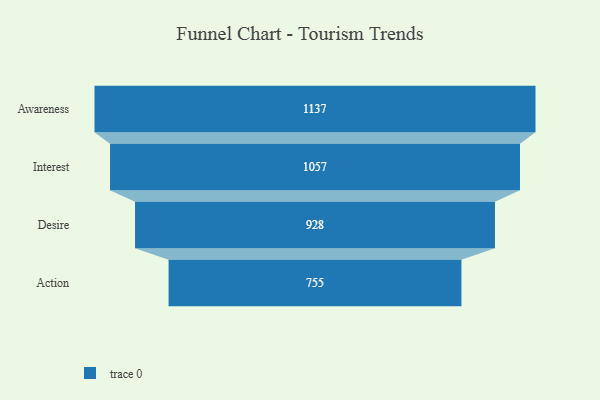
{"axis": {"x": "Stage", "y": "Value"}, "legend": [""], "data": [{"x": "Awareness", "y": 1137.0, "type": ""}, {"x": "Interest", "y": 1057.0, "type": ""}, {"x": "Desire", "y": 928.0, "type": ""}, {"x": "Action", "y": 755.0, "type": ""}]}